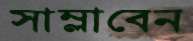
সাম্‌লাবেন